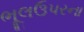
ભૂલઉપરના